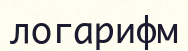
логарифм